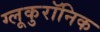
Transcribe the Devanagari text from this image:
ग्लूकुरॉनिक